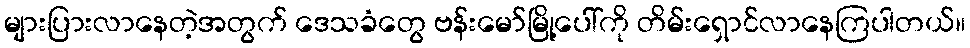
များပြားလာနေတဲ့အတွက် ဒေသခံတွေ ဗန်းမော်မြို့ပေါ်ကို တိမ်းရှောင်လာနေကြပါတယ်။